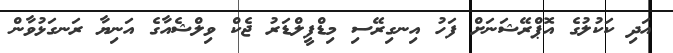
އަދި ކަކުލުގެ އޮޕްރޭޝަނަށް ފަހު އިނގިރޭސި މިޑްފީލްޑަރު ޖެކް ވިލްޝެއާގެ އަނިޔާ ރަނގަޅުވާން